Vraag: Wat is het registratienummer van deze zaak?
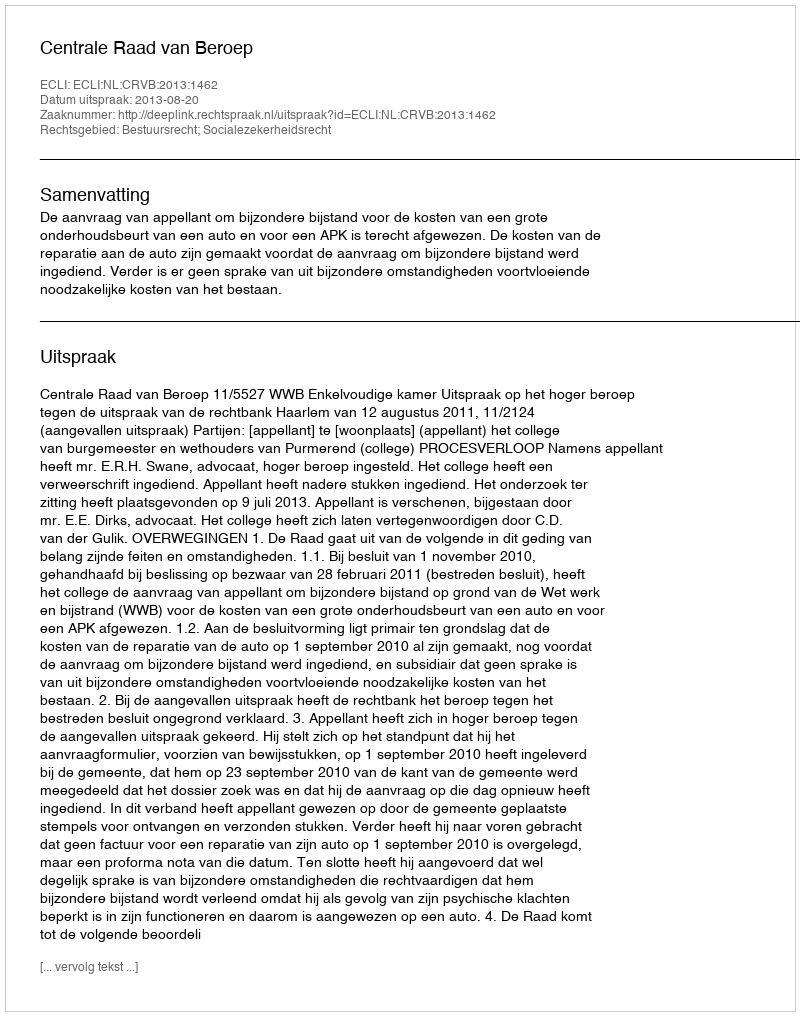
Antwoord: http://deeplink.rechtspraak.nl/uitspraak?id=ECLI:NL:CRVB:2013:1462